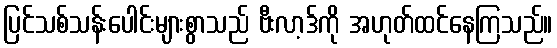
ပြင်သစ်သန်းပေါင်းများစွာသည် ဗီးလာ့ဒ်ကို အဟုတ်ထင်နေကြသည်။